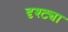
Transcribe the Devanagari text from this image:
दृश्ट्या